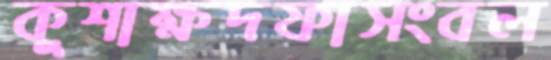
কুশাক্ষদফাসংবল